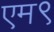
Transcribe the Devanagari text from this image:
एम९